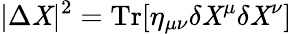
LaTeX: |\Delta\mathit{X}|^{2}=\mathrm{{Tr}}[\eta_{\mu\nu}\delta\mathit{X}^{\mu}\delta\mathit{X}^{\nu}]